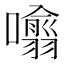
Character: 𭌁